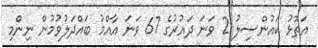
އަތޮޅު ކައުންސިލު 2 ވަނަ ދައުރުގެ 67 ވަނަ އާއްމު ބައްދަލުވުމުން ނިންމި